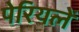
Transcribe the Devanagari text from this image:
पेरियलें